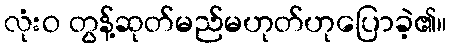
လုံးဝ တွန့်ဆုတ်မည်မဟုတ်ဟုပြောခဲ့၏။